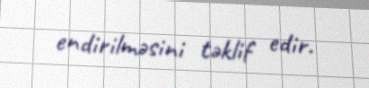
endirilməsini təklif edir.